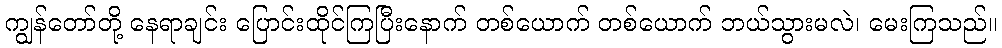
ကျွန်တော်တို့ နေရာချင်း ပြောင်းထိုင်ကြပြီးနောက် တစ်ယောက် တစ်ယောက် ဘယ်သွားမလဲ၊ မေးကြသည်။